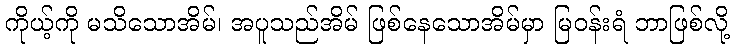
ကိုယ့်ကို မသိသောအိမ်၊ အပူသည်အိမ် ဖြစ်နေသောအိမ်မှာ မြဝန်းရံ ဘာဖြစ်လို့